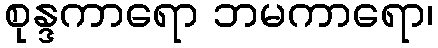
စုန္ဒကာရော ဘမကာရော၊